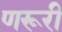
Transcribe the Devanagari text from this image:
णरूरी